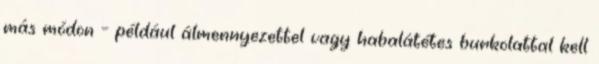
más módon – például álmennyezettel vagy habalátétes burkolattal kell